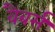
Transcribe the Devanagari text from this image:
वैबर्स